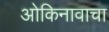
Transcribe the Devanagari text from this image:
ओकिनावाचा